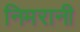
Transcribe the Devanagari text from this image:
निमरानी